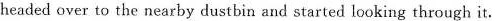
headed over to the nearby dustbin and started looking through it.